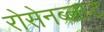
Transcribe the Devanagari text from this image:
रोसेनब्लाट